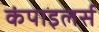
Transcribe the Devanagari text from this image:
कंपाइलर्स